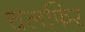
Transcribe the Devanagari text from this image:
चलफिर